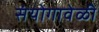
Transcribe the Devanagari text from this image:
संयोगावेळी